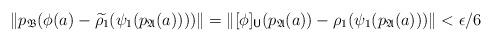
LaTeX: \begin{align*}\| p_\mathfrak{B}(\phi(a) - \widetilde{\rho_1} ( \psi_1(p_\mathfrak{A}(a))) ) \| = \| [\phi]_{ \mathsf U } (p_\mathfrak{A}(a)) - \rho_1 ( \psi_1 (p_\mathfrak{A} (a))) \| < \epsilon/6\end{align*}